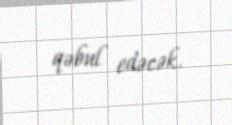
qəbul edəcək.